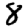
Digit: 8